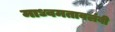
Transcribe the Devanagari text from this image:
माध्वमतावलंबी